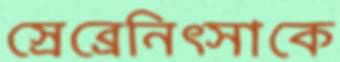
স্রেব্রেনিত্সাকে